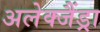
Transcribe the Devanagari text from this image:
अलेक्जैंड्रा